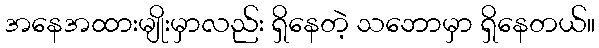
အနေအထားမျိုးမှာလည်း ရှိနေတဲ့ သဘောမှာ ရှိနေတယ်။